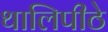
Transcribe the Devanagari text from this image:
थालिपीठे